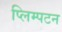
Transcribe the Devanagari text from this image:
प्लिम्पटन